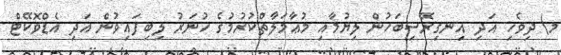
މ) ދިވެހި އަދި އިނގިރޭސިބަހުން ލިޔުމާއި މުޢާމަލާތްކުރުމުގެ ހުނަރު ލިބިފައިވުން އަދި އެޑްވޮކޭޓް